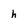
Character: h